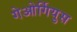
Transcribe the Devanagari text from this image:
गेओर्गियुस